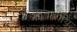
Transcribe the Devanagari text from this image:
उन्नतांशीय